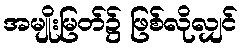
အမျိုးမြတ်၌ ဖြစ်လိုလျှင်